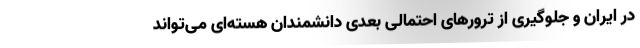
در ایران و جلوگیری از ترورهای احتمالی بعدی دانشمندان هسته‌ای می‌تواند